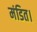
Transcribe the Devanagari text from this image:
मंडित।